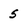
Character: 5